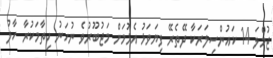
ޖުމްލަ 14 ކައުންސިލަރަކާ ދޭތެރޭ ފިޔަވަޅު އެޅުމަށް މަޖުބޫރުވެ ނުހަނު ހިތާމަކުރާ ހާލު